Report of the veterinary officer investigating camel disease
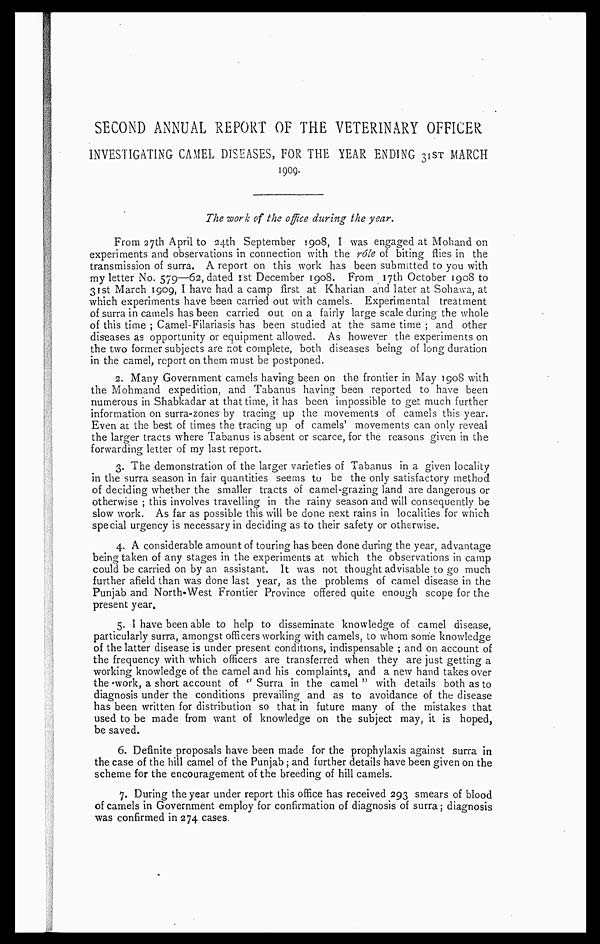
SECOND ANNUAL REPORT OF THE VETERINARY OFFICER
INVESTIGATING CAMEL DISEASES, FOR THE YEAR ENDING 31ST MARCH
1909.
The work of the office during the year.
From 27th April to 24th September 1908, I was engaged at Mohand on
experiments and observations in connection with the role of biting flies in the
transmission of surra. A report on this work has been submitted to you with
my letter No. 579—62, dated 1st December 1908. From 17th October 1908 to
31st March 1909, I have had a camp first at Kharian and later at Sohawa, at
which experiments have been carried out with camels. Experimental treatment
of surra in camels has been carried out on a fairly large scale during the whole
of this time ; Camel-Filariasis has been studied at the same time ; and other
diseases as opportunity or equipment allowed. As however the experiments on
the two former subjects are not complete, both diseases being of long duration
in the camel, report on them must be postponed.
2. Many Government camels having been on the frontier in May 1908 with
the Mohmand expedition, and Tabanus having been reported to have been
numerous in Shabkadar at that time, it has been impossible to get much further
information on surra-zones by tracing up the movements of camels this year.
Even at the best of times the tracing up of camels' movements can only reveal
the larger tracts where Tabanus is absent or scarce, for the reasons given in the
forwarding letter of my last report.
3. The demonstration of the larger varieties of Tabanus in a given locality
in the surra season in fair quantities seems to be the only satisfactory method
of deciding whether the smaller tracts of camel-grazing land are dangerous or
otherwise ; this involves travelling in the rainy season and will consequently be
slow work. As far as possible this will be done next rains in localities for which
special urgency is necessary in deciding as to their safety or otherwise.
4. A considerable amount of touring has been done during the year, advantage
being taken of any stages in the experiments at which the observations in camp
could be carried on by an assistant. It was not thought advisable to go much
further afield than was done last year, as the problems of camel disease in the
Punjab and North-West Frontier Province offered quite enough scope for the
present year.
5. I have been able to help to disseminate knowledge of camel disease,
particularly surra, amongst officers working with camels, to whom some knowledge
of the latter disease is under present conditions, indispensable ; and on account of
the frequency with which officers are transferred when they are just getting a
working knowledge of the camel and his complaints, and a new hand takes over
the work, a short account of " Surra in the camel " with details both as to
diagnosis under the conditions prevailing and as to avoidance of the disease
has been written for distribution so that in future many of the mistakes that
used to be made from want of knowledge on the subject may, it is hoped,
be saved.
6. Definite proposals have been made for the prophylaxis against surra in
the case of the hill camel of the Punjab; and further details have been given on the
scheme for the encouragement of the breeding of hill camels.
7. During the year under report this office has received 293 smears of blood
of camels in Government employ for confirmation of diagnosis of surra; diagnosis
was confirmed in 274 cases.